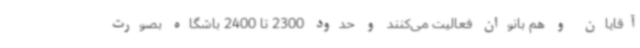
آقایان و هم بانوان فعالیت می‌کنند و حدود 2300 تا 2400 باشگاه بصورت